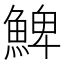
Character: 䱝